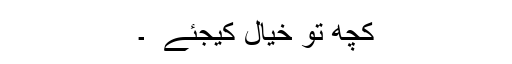
کچھ تو خیال کیجئےٰ ٰ ۔